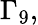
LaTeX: \Gamma_{9},